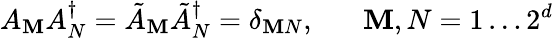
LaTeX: A_{\mathbf{M}}A_{N}^{\dagger}=\tilde{{A}}_{\mathbf{M}}\tilde{{A}}_{N}^{\dagger}=\delta_{\mathbf{M}N},\; \; \; \; \; \; \mathbf{M},N=1\ldots2^{d}